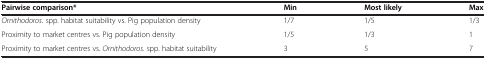
| Pairwise comparison* | Min | Most likely | Max |
 | --- | --- | --- | --- |
 | Ornithodoros. spp. habitat suitability vs. Pig population density | 1/7 | 1/5 | 1/3 |
 | Proximity to market centres vs. Pig population density | 1/5 | 1/3 | 1 |
 | Proximity to market centres vs. Ornithodoros. spp. habitat suitability | 3 | 5 | 7 |